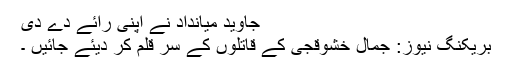
جاوید میانداد نے اپنی رائے دے دی
بریکنگ نیوز: جمال خشوقجی کے قاتلوں کے سر قلم کر دیئے جائیں ۔